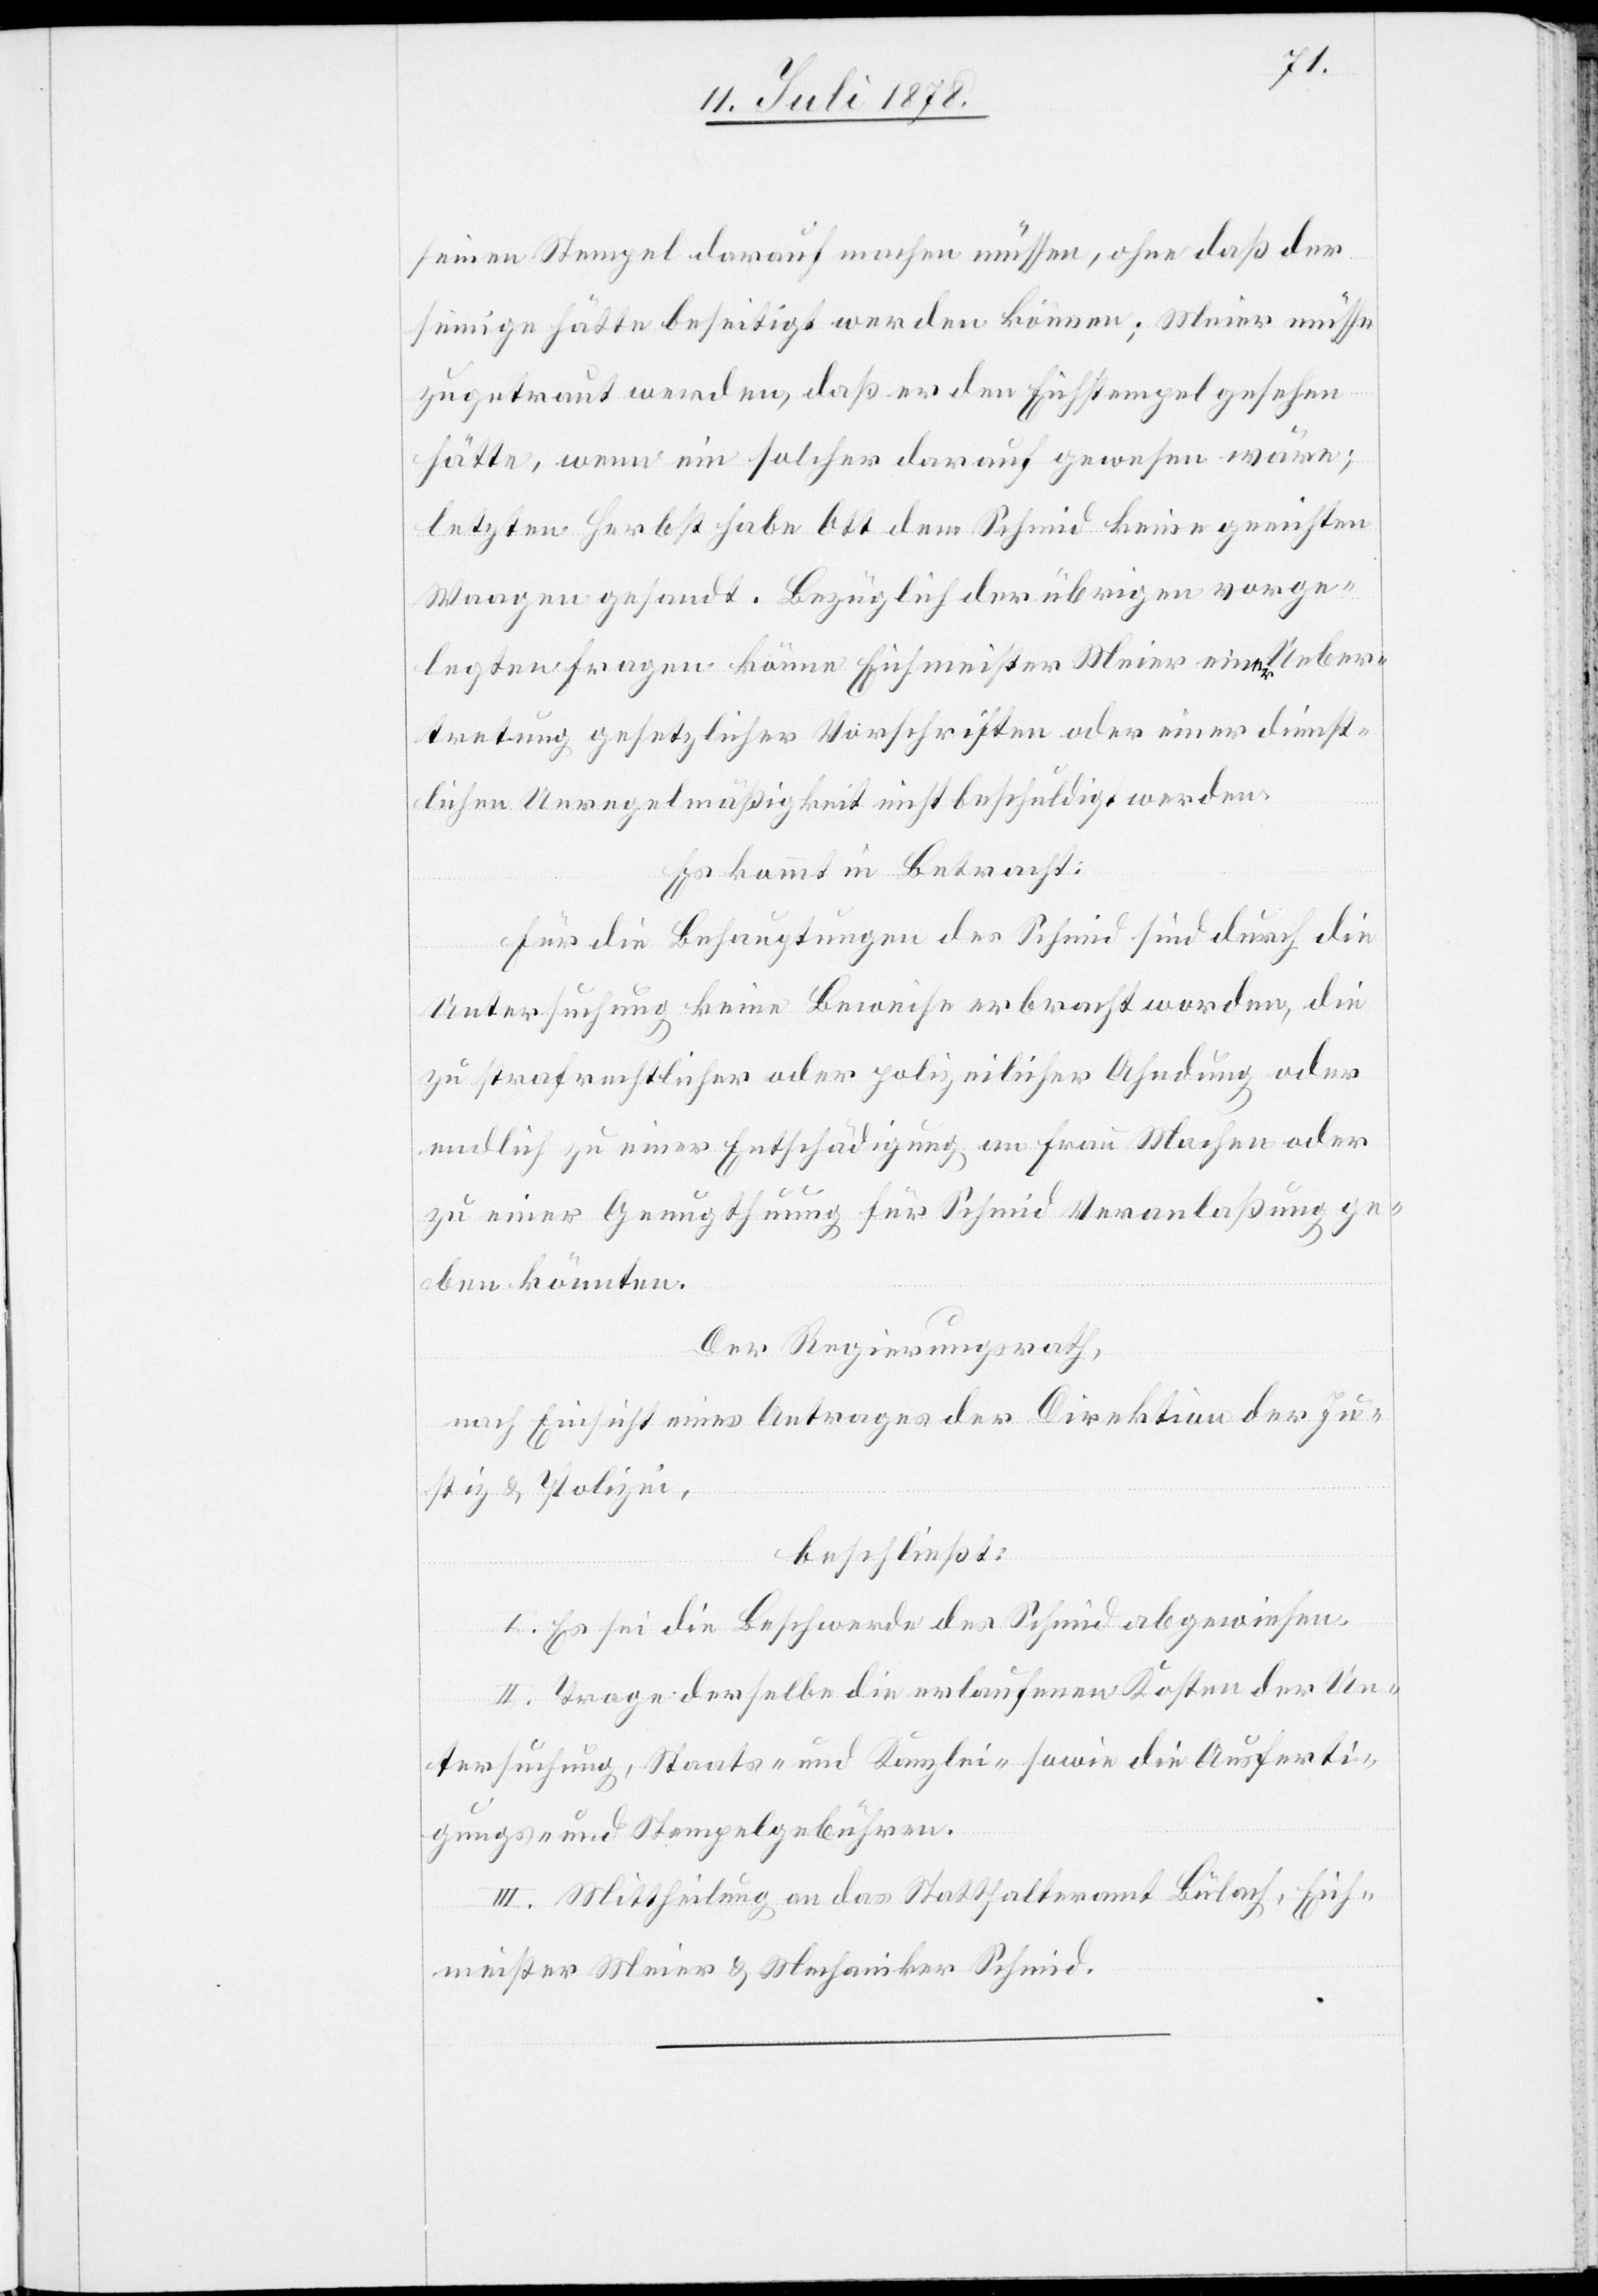
seinen Stempel darauf machen müssen, ohne daß der
seinige hätte beseitigt werden können; Meier müsse
zugetraut werden, daß er den Eichstempel gesehen
hätte, wenn ein solcher darauf gewesen wäre;
letzten Herbst habe Ott dem Schmid keine geeichten
Waagen gesandt. Bezüglich der übrigen vorge¬
legten Fragen könne Eichmeister Meier einer Ueber¬
tretung gesetzlicher Vorschriften oder einer dienst¬
lichen Unregelmäßigkeit nicht beschuldigt werden.
Es kommt in Betracht:
Für die Behauptungen des Schmid sind durch die
Untersuchung keine Beweise erbracht worden, die
zu strafrechtlicher oder polizeilicher Ahndung oder
endlich zu einer Entschädigung an Frau Machen oder
zu einer Genugthuung für Schmid Veranlaßung ge¬
ben könnten.
Der Regierungsrath,
nach Einsicht eines Antrages der Direktion der Ju¬
stiz & Polizei,
beschließt:
I. Es sei die Beschwerde des Schmid abgewiesen.
II. Trage derselbe die erlaufenen Kosten der Un¬
tersuchung, Staats- und Kanzlei- sowie die Ausferti¬
gungs- und Stempelgebühren.
III. Mittheilung an das Statthalteramt Bülach, Eich¬
meister Meier & Mechaniker Schmid.